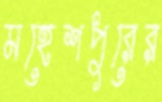
মহেশপুরের